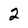
Character: 2